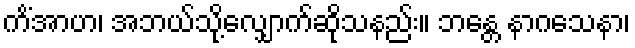
ကိံအာဟ၊ အဘယ်သို့လျှောက်ဆိုသနည်း။ ဘန္တေ နာဂသေနာ၊